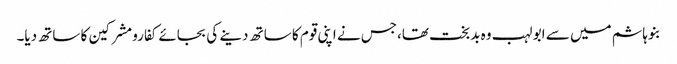
بنوہاشم میں سے ابو لہب وہ بدبخت تھا،جس نے اپنی قوم کا ساتھ دینے کی بجائے کفارومشرکین کا ساتھ دیا۔